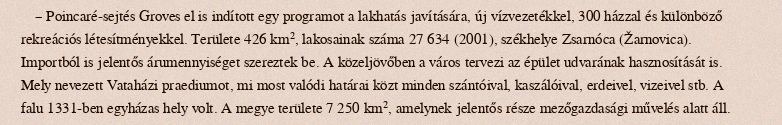
– Poincaré-sejtés Groves el is indított egy programot a lakhatás javítására, új vízvezetékkel, 300 házzal és különböző rekreációs létesítményekkel. Területe 426 km², lakosainak száma 27 634 (2001), székhelye Zsarnóca (Žarnovica). Importból is jelentős árumennyiséget szereztek be. A közeljövőben a város tervezi az épület udvarának hasznosítását is. Mely nevezett Vataházi praediumot, mi most valódi határai közt minden szántóival, kaszálóival, erdeivel, vizeivel stb. A falu 1331-ben egyházas hely volt. A megye területe 7 250 km², amelynek jelentős része mezőgazdasági művelés alatt áll.